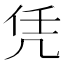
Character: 凭